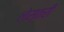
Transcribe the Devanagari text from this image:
लेस्तरी